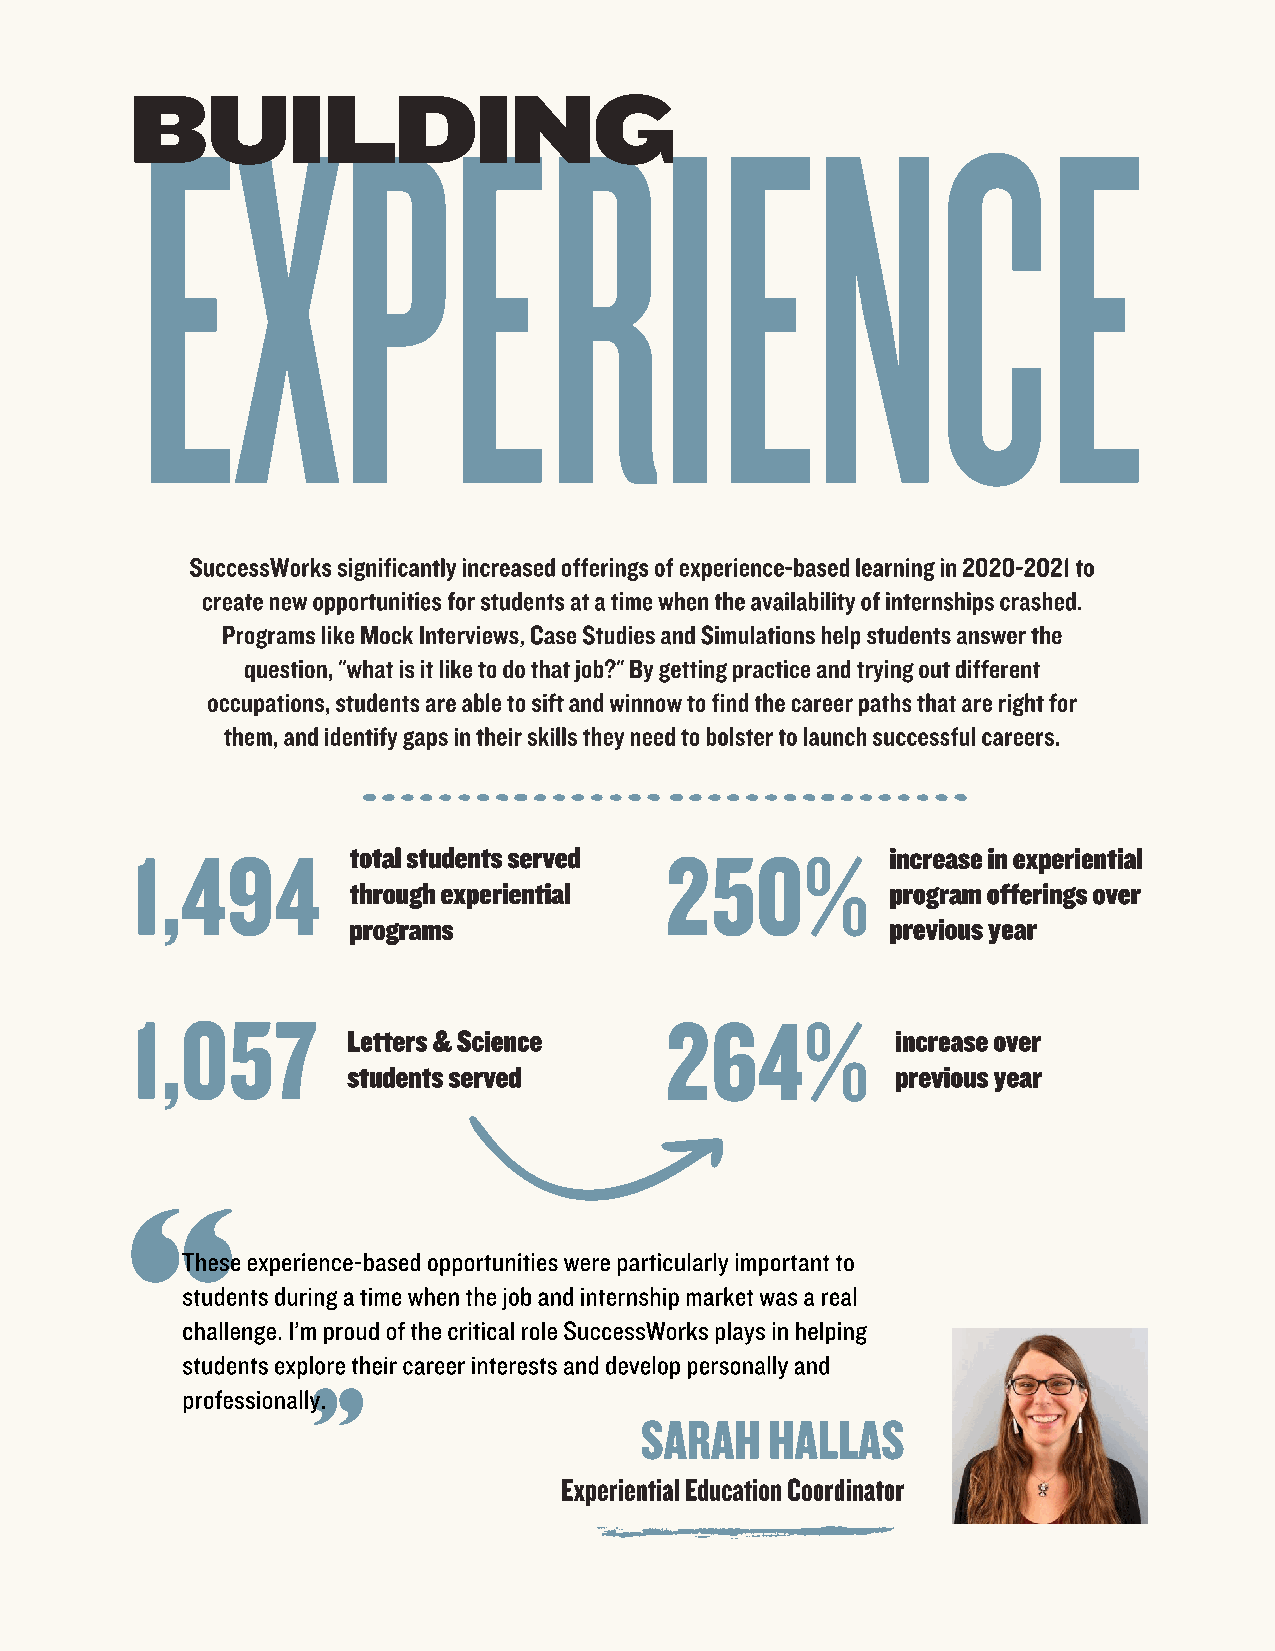
EXPERIENCE
 BUILDING
 SuccessWorks significantly increased offerings of experience-based learning in 2020-2021 to
 create new opportunities for students at a time when the availability of internships crashed.
 Programs like Mock Interviews, Case Studies and Simulations help students answer the
 question, "what is it like to do that job?" By getting practice and trying out different
 occupations, students are able to sift and winnow to find the career paths that are right for
 them, and identify gaps in their skills they need to bolster to launch successful careers.
 1,494                              250%
 total students served               increase in experiential
 through experiential                program offerings over
 programs                            previous year
 1,057                              264%
 Letters & Science                   increase over
 students served                     previous year
 These experience-based opportunities were particularly important to
 students during a time when the job and internship market was a real
 challenge. I’m proud of the critical role SuccessWorks plays in helping
 students explore their career interests and develop personally and
 professionally.
 SARAH    HALLAS
 Experiential Education Coordinator